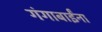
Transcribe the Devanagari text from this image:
गंगाबाईंना